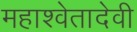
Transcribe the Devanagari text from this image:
महाश्वेतादेवी